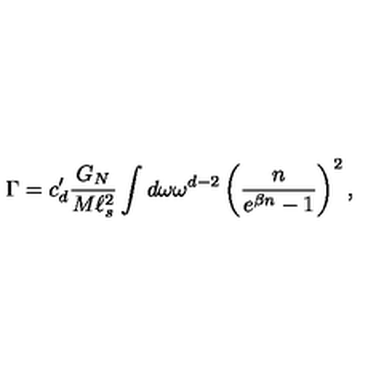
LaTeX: \Gamma = c _ { d } ^ { \prime } \frac { G _ { N } } { M \ell _ { s } ^ { 2 } } \int d \omega \omega ^ { d - 2 } \left( \frac { n } { e ^ { \beta n } - 1 } \right) ^ { 2 } ,